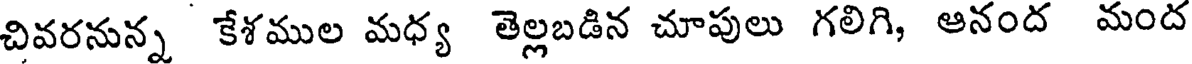
చివరనున్న కేశముల మధ్య తెల్లబడిన చూపులు గలిగి, ఆనంద మంద